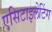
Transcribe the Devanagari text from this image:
एसिटाइलेटिंग